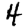
Digit: 4